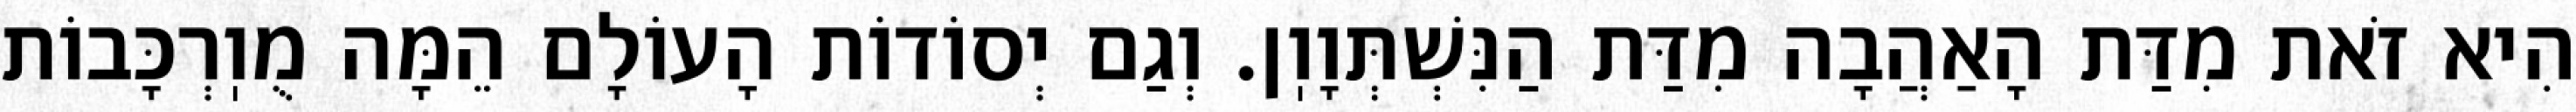
הִיא זֹאת מִדַּת הָאַהֲבָה מִדַּת הַנִּשְׁתְּוָוֽן. וְגַם יְסוֹדוֹת הָעוֹלָם הֵמָּה מֻוֽרְכָּבוֹת